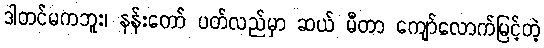
ဒါတင်မကဘူး၊ နန်းတော် ပတ်လည်မှာ ဆယ် မီတာ ကျော်လောက်မြင့်တဲ့